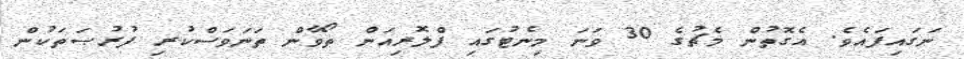
ނަގައިފައެވެ. އެގޮތުން މެޗުގެ 30 ވަނަ މިނެޓުގައި ފްލޮރިއަން ތޯވާން ތަނަވަސްކުރި ފުރުޞަތަކުން